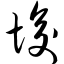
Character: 悛